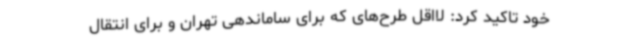
خود تاکید کرد: لااقل طرح‌های که برای ساماندهی تهران و برای انتقال